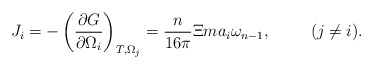
\begin{align*}J_i=-\left( \frac{\partial G}{\partial \Omega _i}\right) _{T,\Omega_j}=\frac n{16\pi }\Xi ma_i\omega _{n-1},\hspace{1.0cm}(j\neq i).\end{align*}